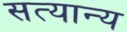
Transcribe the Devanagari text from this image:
सत्यान्य